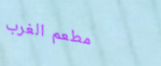
مطعم الغرب